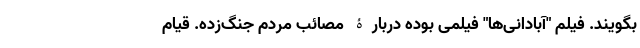
بگویند. فیلم "آبادانی‌ها" فیلمی بوده دربارۀ مصائب مردم جنگ‌زده. قیام